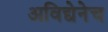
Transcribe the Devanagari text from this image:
अविद्येनेच